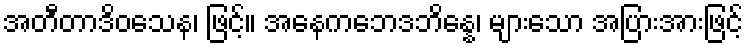
အတီတာဒိဝသေန၊ ဖြင့်။ အနေကဘေဒဘိန္နေ၊ များသော အပြားအားဖြင့်